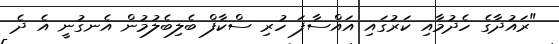
"ރައުދާގެ ހެދުމާއި ކަރުގައި އައްސާފަ ހުރި ސްކާފް ބެލިބެލުމުން އެނގުނީ އެ ދެ